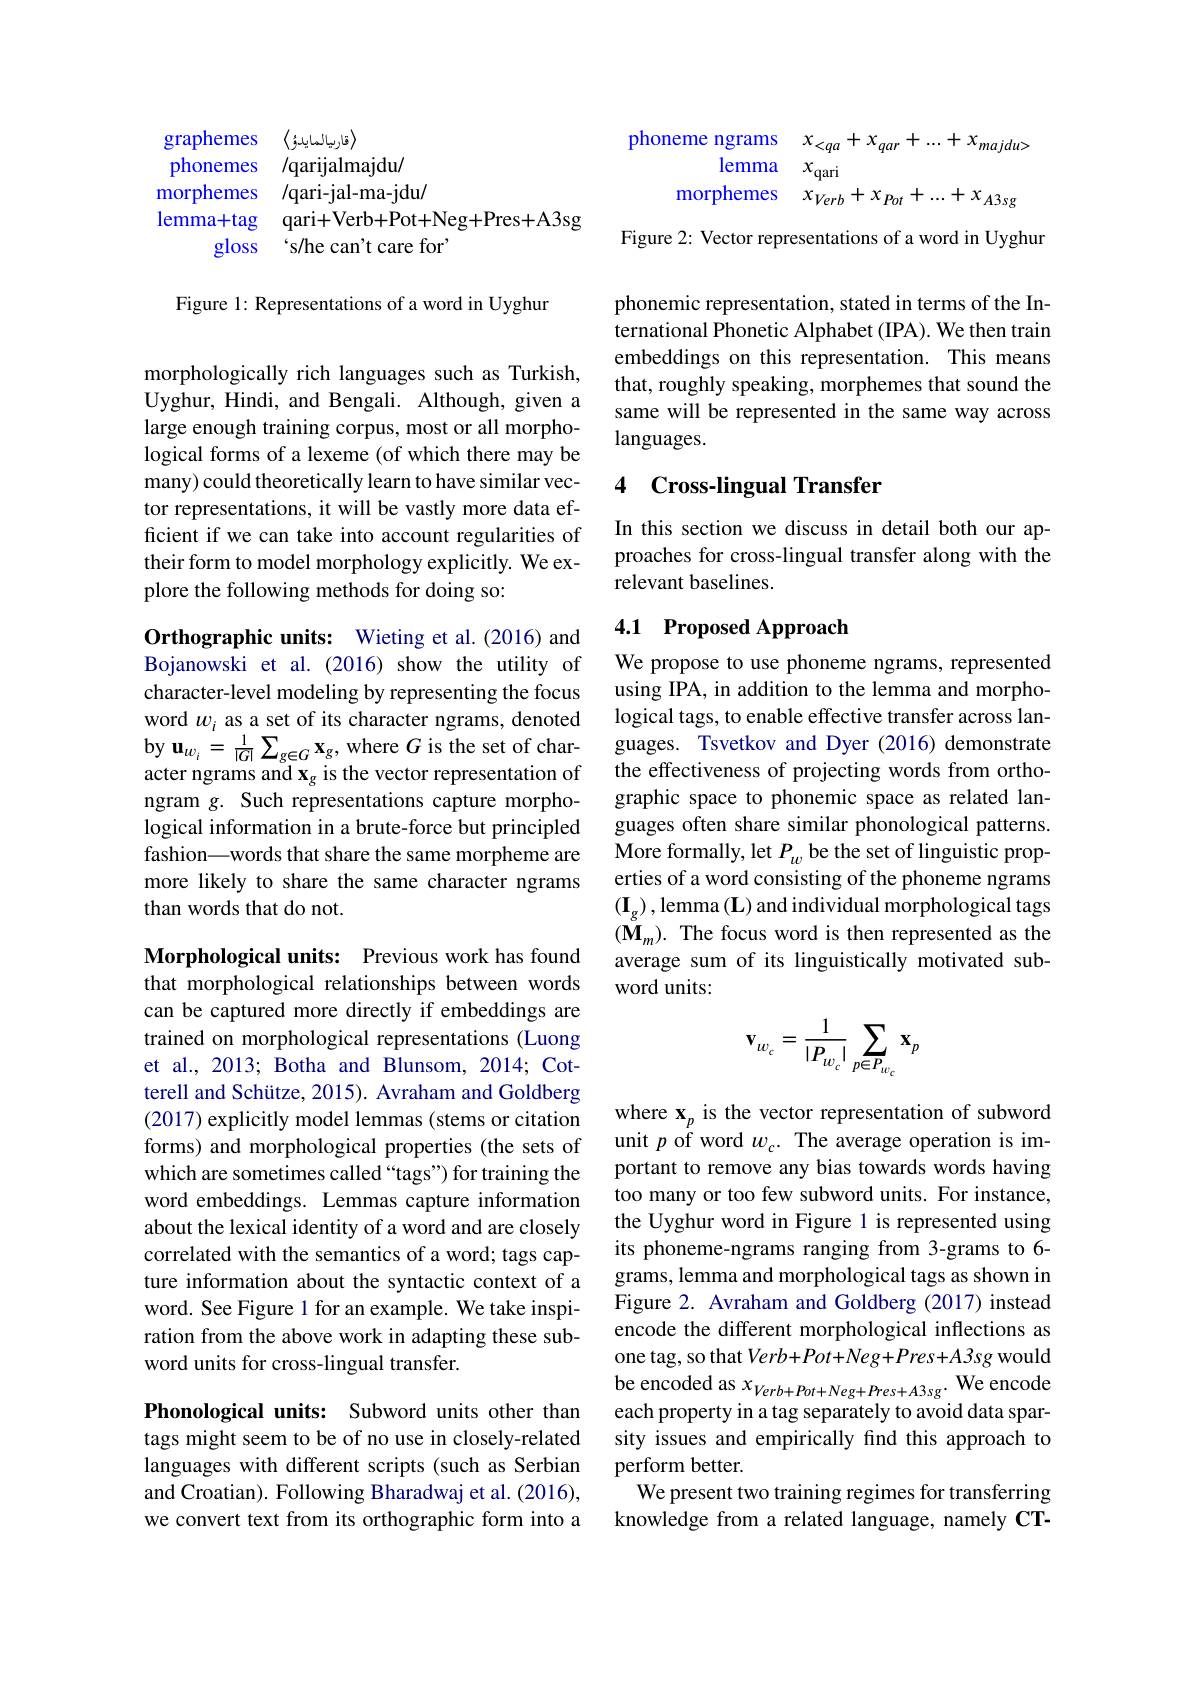
<FigureHere>

Figure 1: Representations of a word in Uyghur

morphologically rich languages such as Turkish, Uyghur, Hindi, and Bengali. Although, given a large enough training corpus, most or all morphological forms of a lexeme (of which there may be many) could theoretically learn to have similar vector representations, it will be vastly more data efficient if we can take into account regularities of their form to model morphology explicitly. We explore the following methods for doing so:

Orthographic units: Wieting et al.(2016) and Bojanowski et al.(2016) show the utility of character-level modeling by representing the focus word $w_i$ as a set of its character ngrams, denoted by $\mathbf{u}_{w_{i}}=\frac{1}{|G|}\sum_{g\in G}\mathbf{x}_{g}$,where $G$ is the set of character ngrams and $\mathbf{x}_{g}$ is the vector representation of ngram g. Such representations capture morphological information in a brute-force but principled fashion\_words that share the same morpheme are more likely to share the same character ngrams than words that do not.

Morphological units: Previous work has found that morphological relationships between words can be captured more directly if embeddings are trained on morphological representations (Luong et al., 2013; Botha and Blunsom, 2014; Cotterell and Schütze, 2015). Avraham and Goldberg (2017) explicitly model lemmas (stems or citation forms) and morphological properties (the sets of which are sometimes called “tags”) for training the word embeddings. Lemmas capture information about the lexical identity of a word and are closely correlated with the semantics of a word; tags capture information about the syntactic context of a word. See Figure 1 for an example. We take inspiration from the above work in adapting these subword units for cross-lingual transfer.

Phonological units: Subword units other than tags might seem to be of no use in closely-related languages with different scripts (such as Serbian and Croatian). Following Bharadwaj et al. (2016), we convert text from its orthographic form into a

phoneme ngrams $x_{< qa}+ x_{qar}+ \ldots + x_{majdu> }$
lemma $x_\mathrm{qari}$
${\mathrm{morphemes}}$ $x_{Verb}+ x_{Pot}+ . . . + x_{A3sg}$

Figure 2: Vector representations of a word in Uyghur

phonemic representation, stated in terms of the International Phonetic Alphabet (IPA). We then train embeddings on this representation. This means that, roughly speaking, morphemes that sound the same will be represented in the same way across languages.

### 4 Cross-lingual Transfer

In this section we discuss in detail both our approaches for cross-lingual transfer along with the relevant baselines.

### 4.1 Proposed Approach

We propose to use phoneme ngrams, represented using IPA, in addition to the lemma and morphological tags, to enable effective transfer across languages. Tsvetkov and Dyer (2016) demonstrate the effectiveness of projecting words from orthographic space to phonemic space as related languages often share similar phonological patterns. More formally, let $P_w$ be the set of linguistic properties of a word consisting of the phoneme ngrams $(\mathbf{I}_{g})$,lemma $(\mathbf{L})$ and individual morphological tags $(\mathbf{M}_{m}).$ The focus word is then represented as the average sum of its linguistically motivated subword units:
$$\mathbf{v}_{w_c}=\frac{1}{|P_{w_c}|}\sum_{p\in P_{w_c}}\mathbf{x}_p$$
where $\mathbf{x}_p$ is the vector representation of subword unit $p$ of word $w_c.$ The average operation is important to remove any bias towards words having too many or too few subword units. For instance, the Uyghur word in Figure 1 is represented using its phoneme-ngrams ranging from 3-grams to 6- grams, lemma and morphological tags as shown in Figure 2. Avraham and Goldberg (2017) instead encode the different morphological inflections as one tag, so that Verb+Pot+Neg+Pres+A3sg would be encoded as $x_Verb+Pot+Neg+Pres+A3sg.$ We encode each property in a tag separately to avoid data sparsity issues and empirically find this approach to perform better.
We present two training regimes for transferring knowledge from a related language, namely CT-